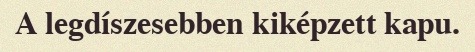
A legdíszesebben kiképzett kapu.